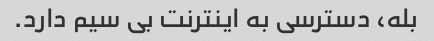
بله، دسترسی به اینترنت بی سیم دارد.